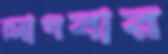
লাগবার